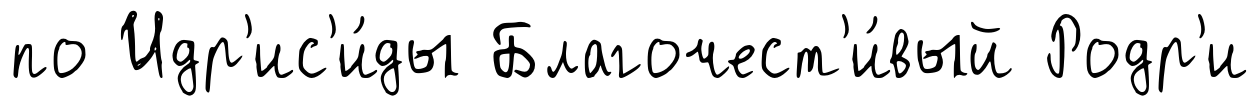
по Идр'ис'и́ды Благочест'и́вый Родр'и